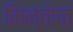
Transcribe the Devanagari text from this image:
मिन्तोफ़